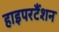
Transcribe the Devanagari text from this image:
हाइपरटैंशन